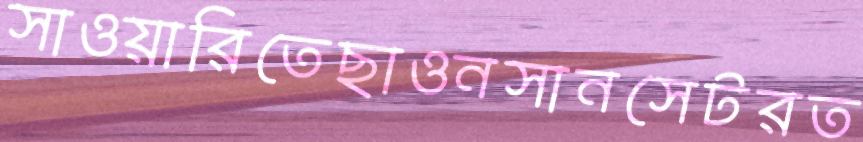
সাওয়ারিতেছাওনসানসেটরত